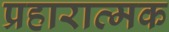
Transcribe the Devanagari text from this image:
प्रहारात्मक